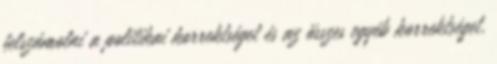
felszámolni a politikai korrektséget és az összes egyéb korrektséget,